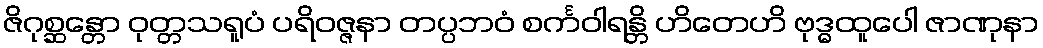
ဇိဂုစ္ဆန္တော ဝုတ္တသရူပံ ပရိဝဇ္ဇနာ တပ္ပဘဝံ စင်္ကဝါရန္တိ ဟိတေဟိ ဗုဒ္ဓထူပေါ ဇာဏုနာ